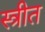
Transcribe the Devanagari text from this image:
स्त्रीत